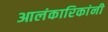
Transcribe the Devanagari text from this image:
आलंकारिकांनी